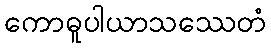
ကောဓူပါယာသဿေတံ